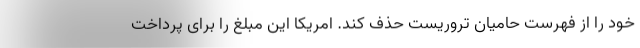
خود را از فهرست حامیان تروریست حذف کند. امریکا این مبلغ را برای پرداخت